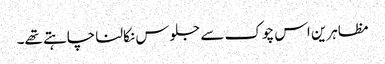
مظاہرین اس چوک سے جلوس نکالنا چاہتے تھے۔